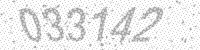
Solution: 033142